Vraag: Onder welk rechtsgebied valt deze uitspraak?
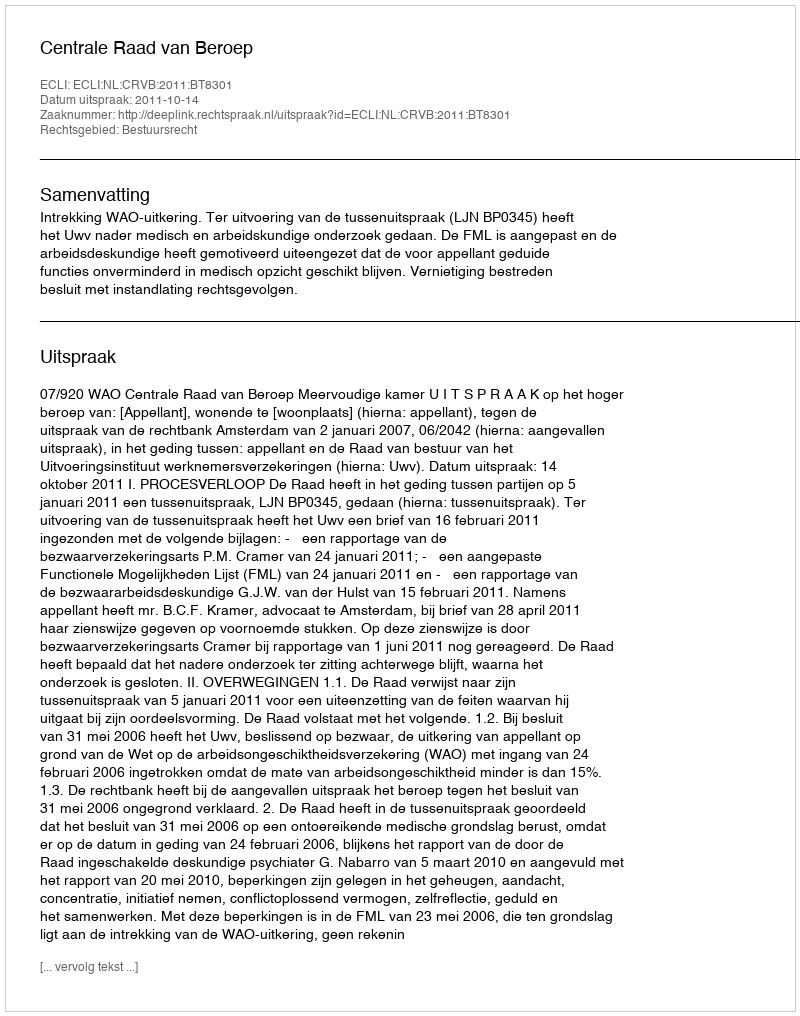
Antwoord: Bestuursrecht